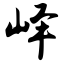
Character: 峄